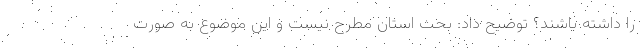
را داشته باشند؟ توضیح داد: بحث استان مطرح نیست و این موضوع به صورت